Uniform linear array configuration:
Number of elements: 4
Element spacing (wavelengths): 0.5
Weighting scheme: blackman
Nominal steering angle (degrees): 60
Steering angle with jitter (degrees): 58.683
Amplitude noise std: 0.05
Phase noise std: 0.05

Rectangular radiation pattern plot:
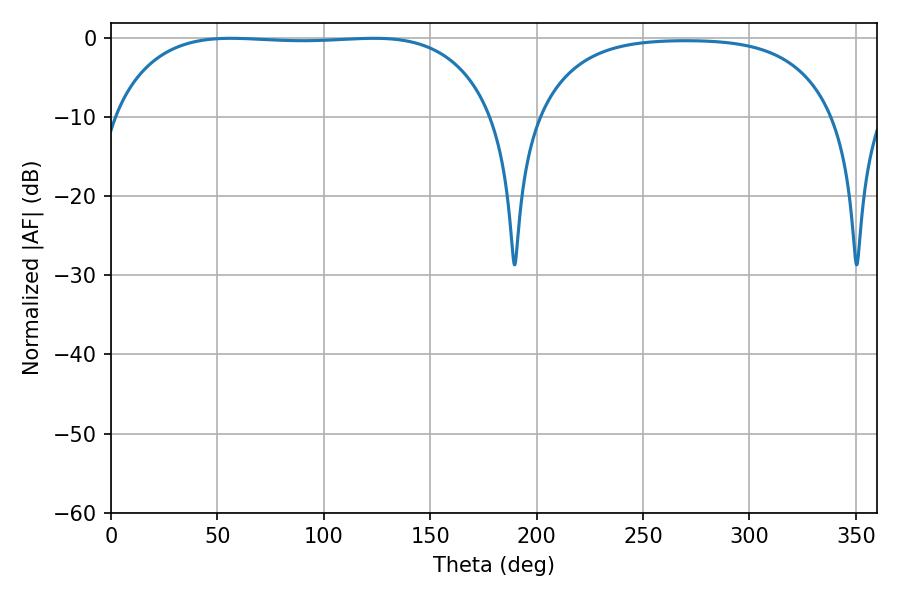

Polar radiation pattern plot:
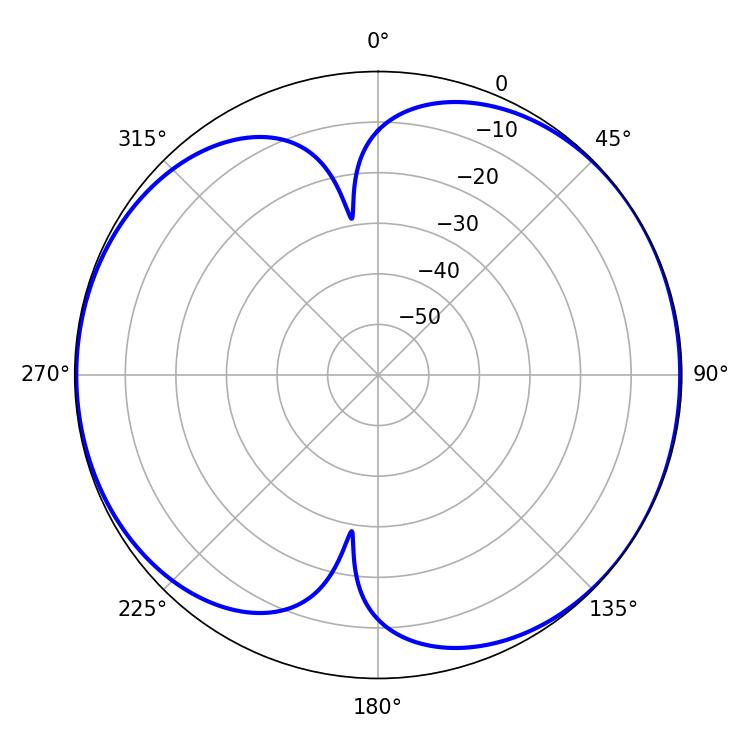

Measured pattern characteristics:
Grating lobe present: FALSE
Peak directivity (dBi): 6.499
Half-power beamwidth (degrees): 141.12
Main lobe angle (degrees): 56.34